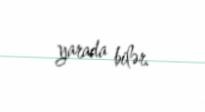
yarada bilər.